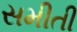
સમીતી